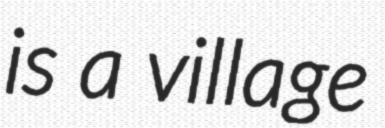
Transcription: is a village